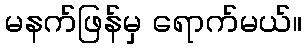
မနက်ဖြန်မှ ရောက်မယ်။